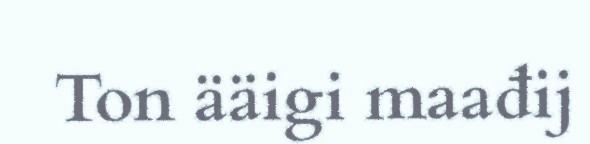
Ton ääigi maađij